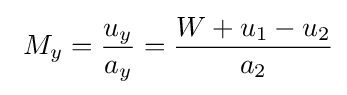
\ M_{y}={\frac {u_{y}}{a_{y}}}={\frac {W+u_{1}-u_{2}}{a_{2}}}